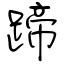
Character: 蹄